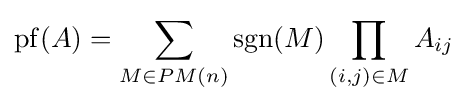
\operatorname {pf} (A)=\sum _{M\in PM(n)}\operatorname {sgn} (M)\prod _{(i,j)\in M}A_{ij}